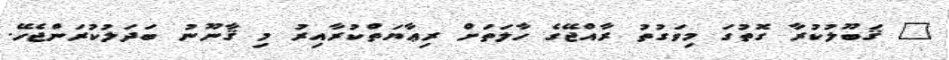
" ޤަބޫލުކުރާ ގޮތުގަ މިވަގުތު ރާއްޖޭގެ ހާލަތަށް ރިޢާޔަތްކުރާއިރު މި ޤާނޫނު ބަދަލުކުރަންޖެހޭ.